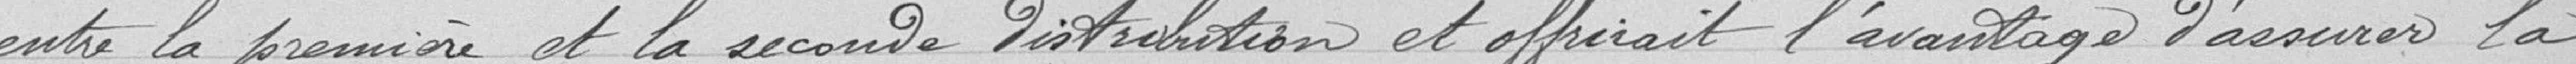
entre la première et la seconde distribution et offrirait l'avantage d'assurer la